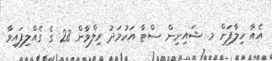
އެއާ ހިލާފަށް މ. ޝައިނިން ސްޓާ އަހުމަދު ރިލްވާން 28 ގެ ގެއްލިފައިވާ